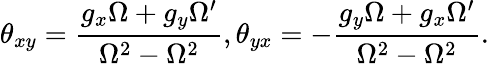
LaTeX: \theta_{xy}=\frac{g_{x}\Omega+g_{y}\Omega^{\prime}}{\Omega^{2}-\Omega^{2}},\theta_{yx}=-\frac{g_{y}\Omega+g_{x}\Omega^{\prime}}{\Omega^{2}-\Omega^{2}}.